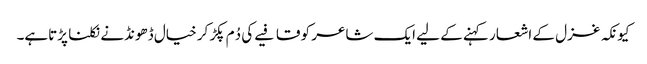
کیونکہ غزل کے اشعار کہنے کے لیے ایک شاعر کو قافیے کی دُم پکڑ کر خیال ڈھونڈنے نکلنا پڑتاہے۔